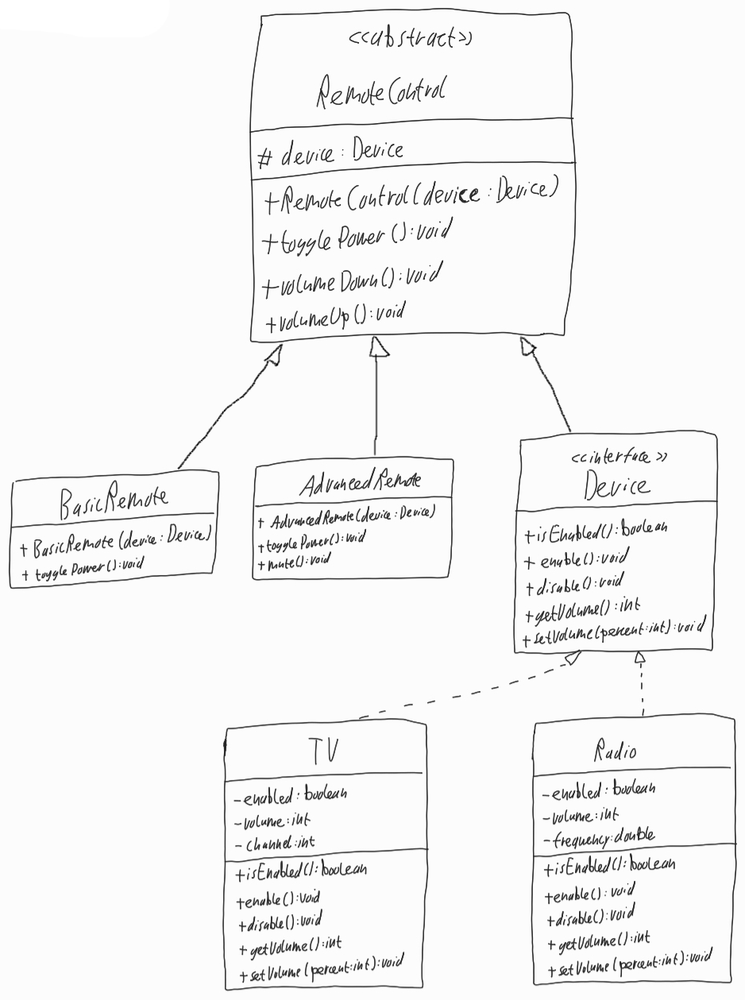
Diagram type: class_diagram
```plantuml
@startuml

abstract RemoteControl {
  # device: Device
  + RemoteControl(device: Device)
  + togglePower(): void
  + volumeDown(): void
  + volumeUp(): void
}

class BasicRemote extends RemoteControl {
  + BasicRemote(device: Device)
  + togglePower(): void
}

class AdvancedRemote extends RemoteControl {
  + AdvancedRemote(device: Device)
  + togglePower(): void
  + mute(): void
}

interface Device implements RemoteControl {
  + isEnabled(): boolean
  + enable(): void
  + disable(): void
  + getVolume(): int
  + setVolume(percent: int): void
}

class TV implements Device {
  - enabled: boolean
  - volume: int
  - channel: int
  + isEnabled(): boolean
  + enable(): void
  + disable(): void
  + getVolume(): int
  + setVolume(percent: int): void
}

class Radio implements Device {
  - enabled: boolean
  - volume: int
  - frequency: double
  + isEnabled(): boolean
  + enable(): void
  + disable(): void
  + getVolume(): int
  + setVolume(percent: int): void
}

@enduml
```